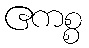
ဧကစ္စ